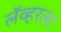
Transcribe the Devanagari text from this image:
लॅव्हरला